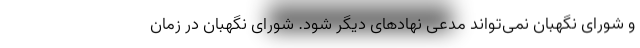
و شورای نگهبان نمی‌تواند مدعی نهادهای دیگر شود. شورای نگهبان در زمان